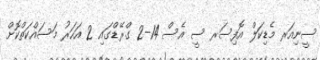
ސީނިއަރ މެޑިކަލް އޮފިސަރ ސީ އެސް 14-2 ގްރޭޑްގައި 2 އަހަރު މަސައްކަތްކޮށް